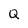
Character: Q